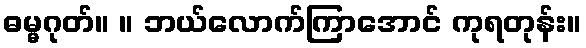
ဓမ္မဂုတ်။ ။ ဘယ်လောက်ကြာအောင် ကုရတုန်း။